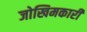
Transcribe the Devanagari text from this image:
जोखिमकारी